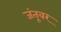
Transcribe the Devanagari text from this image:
जंतूवर